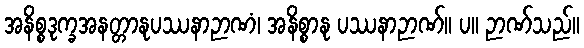
အနိစ္စဒုက္ခအနတ္တာနုပဿနာဉာဏံ၊ အနိစ္စာနု ပဿနာဉာဏ်။ ပ။ ဉာဏ်သည်။